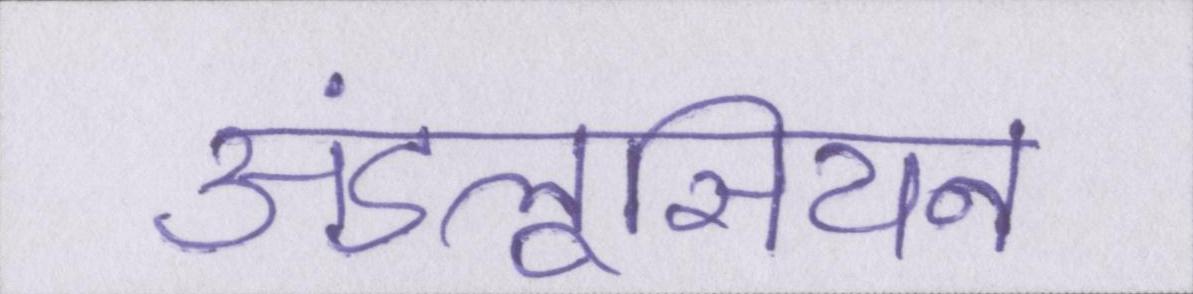
अंडलूसियन